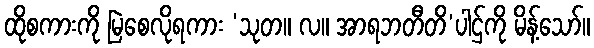
ထိုစကားကို မြဲစေလိုရကား ‘သုတ။ လ။ အာရဘတီတိ’ပါဌ်ကို မိန့်သော်။